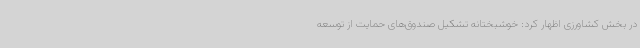
در بخش کشاورزی اظهار کرد: خوشبختانه تشکیل صندوق‌های حمایت از توسعه